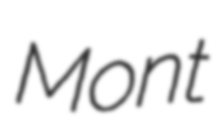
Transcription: Mont